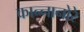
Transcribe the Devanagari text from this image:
कान्नानोरे